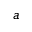
a